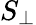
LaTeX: S_{\perp}